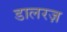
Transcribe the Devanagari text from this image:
डालरज़